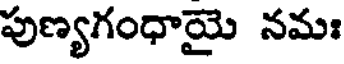
పుణ్యగంధాయై నమః